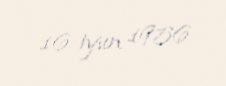
16 iyun 1956